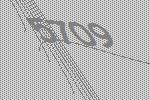
5709